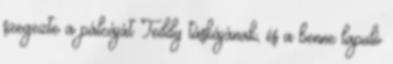
szegezte a pálcáját Teddy táskájának, és a benne lapuló